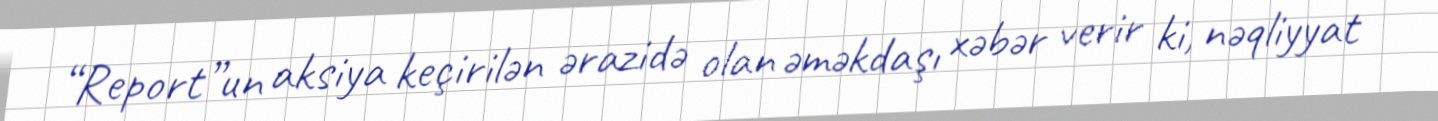
“Report”un aksiya keçirilən ərazidə olan əməkdaşı xəbər verir ki, nəqliyyat